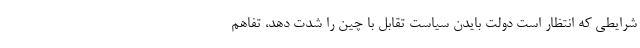
شرایطی که انتظار است دولت بایدن سیاست تقابل با چین را شدت دهد، تفاهم